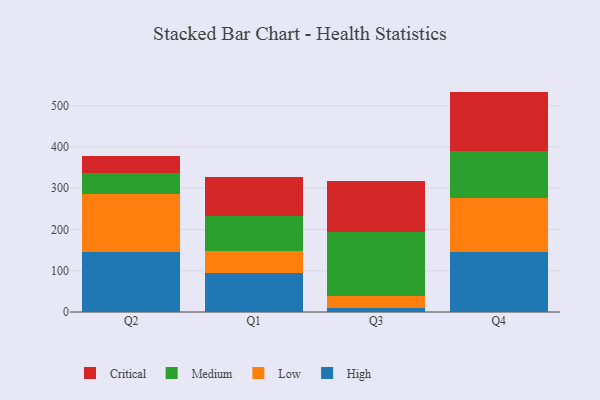
{"axis": {"x": "Quarter", "y": "Inventory Turnover"}, "legend": ["Critical", "High", "Low", "Medium"], "data": [{"x": "Q2", "y": 145.2, "type": "High"}, {"x": "Q2", "y": 140.9, "type": "Low"}, {"x": "Q2", "y": 51.4, "type": "Medium"}, {"x": "Q2", "y": 39.6, "type": "Critical"}, {"x": "Q1", "y": 95.0, "type": "High"}, {"x": "Q1", "y": 51.8, "type": "Low"}, {"x": "Q1", "y": 86.8, "type": "Medium"}, {"x": "Q1", "y": 93.7, "type": "Critical"}, {"x": "Q3", "y": 8.7, "type": "High"}, {"x": "Q3", "y": 30.1, "type": "Low"}, {"x": "Q3", "y": 154.2, "type": "Medium"}, {"x": "Q3", "y": 124.6, "type": "Critical"}, {"x": "Q4", "y": 146.3, "type": "High"}, {"x": "Q4", "y": 129.7, "type": "Low"}, {"x": "Q4", "y": 115.1, "type": "Medium"}, {"x": "Q4", "y": 143.3, "type": "Critical"}]}